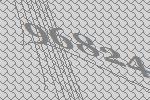
96824